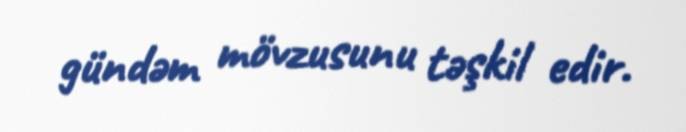
gündəm mövzusunu təşkil edir.